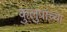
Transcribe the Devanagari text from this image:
कुलुपांच्या